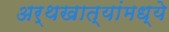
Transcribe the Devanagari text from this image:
अर्थखात्यांमध्ये